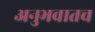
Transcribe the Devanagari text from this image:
अनुभवातच